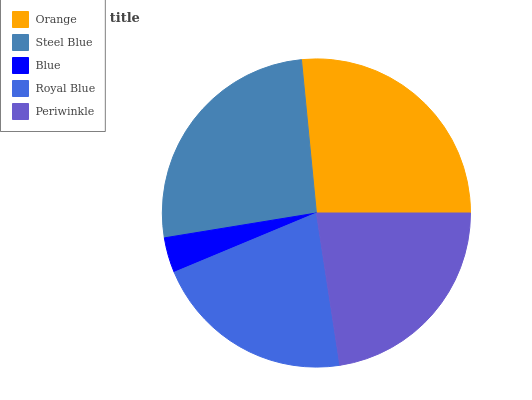
| Orange | Steel Blue | Blue | Royal Blue | Periwinkle |
 | --- | --- | --- | --- | --- |
 | 26.5% | 26.1% | 3.7% | 21.1% | 22.6% |